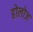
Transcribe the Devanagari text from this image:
होलोज़